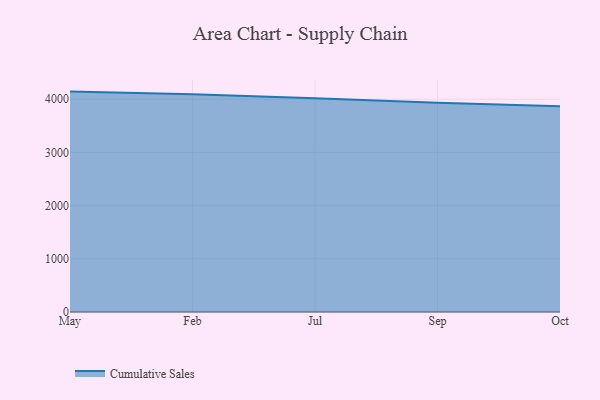
{"axis": {"x": "Month", "y": "Operating Costs (USD K)"}, "legend": ["Cumulative Sales"], "data": [{"x": "May", "y": 4143.6, "type": "Cumulative Sales"}, {"x": "Feb", "y": 4093.8, "type": "Cumulative Sales"}, {"x": "Jul", "y": 4019.4, "type": "Cumulative Sales"}, {"x": "Sep", "y": 3934.4, "type": "Cumulative Sales"}, {"x": "Oct", "y": 3867.1, "type": "Cumulative Sales"}]}